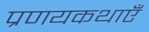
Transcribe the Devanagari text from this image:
प्रणयकथाएँ